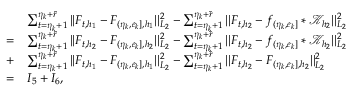
\begin{array} { r l } & { \sum _ { t = \eta _ { k } + 1 } ^ { \eta _ { k } + \widetilde { r } } \vert \vert F _ { t , { h _ { 1 } } } - F _ { ( \eta _ { k } , e _ { k } ] , { h _ { 1 } } } \vert \vert _ { L _ { 2 } } ^ { 2 } - \sum _ { t = \eta _ { k } + 1 } ^ { \eta _ { k } + \widetilde { r } } \vert \vert F _ { t , { h _ { 2 } } } - f _ { ( \eta _ { k } , e _ { k } ] } \ast \mathcal { K } _ { h _ { 2 } } \vert \vert _ { L _ { 2 } } ^ { 2 } } \\ { = } & { \sum _ { t = \eta _ { k } + 1 } ^ { \eta _ { k } + \widetilde { r } } \vert \vert F _ { t , { h _ { 2 } } } - F _ { ( \eta _ { k } , e _ { k } ] , { h _ { 2 } } } \vert \vert _ { L _ { 2 } } ^ { 2 } - \sum _ { t = \eta _ { k } + 1 } ^ { \eta _ { k } + \widetilde { r } } \vert \vert F _ { t , { h _ { 2 } } } - f _ { ( \eta _ { k } , e _ { k } ] } \ast \mathcal { K } _ { h _ { 2 } } \vert \vert _ { L _ { 2 } } ^ { 2 } } \\ { + } & { \sum _ { t = \eta _ { k } + 1 } ^ { \eta _ { k } + \widetilde { r } } \vert \vert F _ { t , { h _ { 1 } } } - F _ { ( \eta _ { k } , e _ { k } ] , { h _ { 1 } } } \vert \vert _ { L _ { 2 } } ^ { 2 } - \sum _ { t = \eta _ { k } + 1 } ^ { \eta _ { k } + \widetilde { r } } \vert \vert F _ { t , { h _ { 2 } } } - F _ { ( \eta _ { k } , e _ { k } ] , { h _ { 2 } } } \vert \vert _ { L _ { 2 } } ^ { 2 } } \\ { = } & { I _ { 5 } + I _ { 6 } , } \end{array}